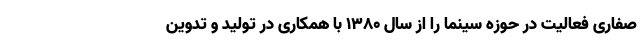
صفاری فعالیت در حوزه سینما را از سال ۱۳۸۰ با همکاری در تولید و تدوین